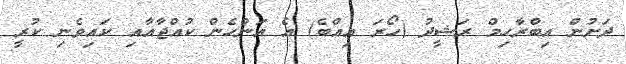
ދަށުން އިބްރާހިމް ރަޝީދު (ހޯރަ އިއްބެ) އެ އަންހެން ކުއްޖާއާއި ކައިވެނި ކުރީ